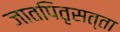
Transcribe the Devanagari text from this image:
जातपितृसत्ता